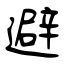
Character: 避